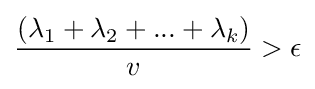
{\frac {(\lambda _{1}+\lambda _{2}+...+\lambda _{k})}{v}}>\epsilon